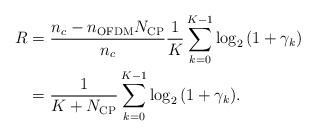
LaTeX: \begin{align*} \begin{aligned} R &= \frac{{{n_c} - {n_{\rm{OFDM}}}{N_{\rm{CP}}}}}{{{n_c}}}\frac{1}{{K}}\sum\limits_{k = 0}^{K - 1} {{{\log }_2}\left( {1 + {\gamma}_k} \right)}\\ &= \frac{1}{{K + {N_{{\rm{CP}}}}}}\sum\limits_{k = 0}^{K - 1} {{{\log }_2}\left( {1 + {\gamma _k}} \right)}. \end{aligned} \end{align*}